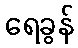
ရေခွန်